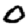
Digit: 0